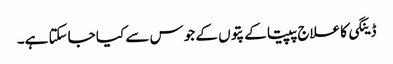
ڈینگی کا علاج پپیتا کے پتوں کے جوس سے کیا جاسکتا ہے۔